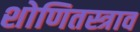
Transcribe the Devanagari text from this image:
शोणितस्त्राव